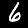
Label: 6